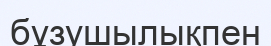
бұзушылықпен